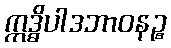
ဣဒ္ဓိပါဒဘာဝနဉ္စ